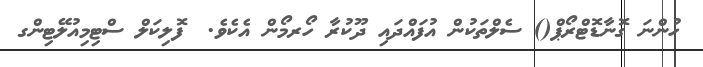
ހުންނަ ގޮނާޑޮޓްރޯޕް() ސެލްތަކުން އުފައްދައި ދޫކުރާ ހޯރމޯން އެކެވެ.  ފޮލިކަލް ސްޓިމިއުލޭޓިންގ